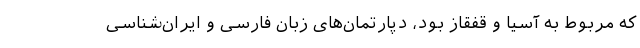
که مربوط به آسیا و قفقاز بود، دپارتمان‌های زبان فارسی و ایران‌شناسی